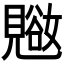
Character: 𬢁